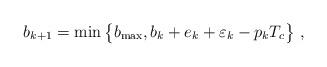
LaTeX: \begin{align*}b_{k+1} = \min\big\{b_{\max}, b_k + e_k + \varepsilon_k - p_kT_c\big\} \ ,\end{align*}